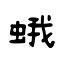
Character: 蛾